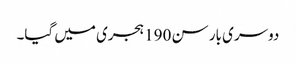
دوسری بار سن 190 ہجری میں گیا۔